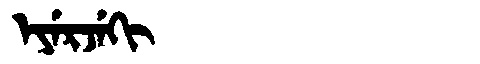
Manchu: ᡝᠶᡝᡵᠵᡝᡴᡳ
Romanization: EYERJEKI